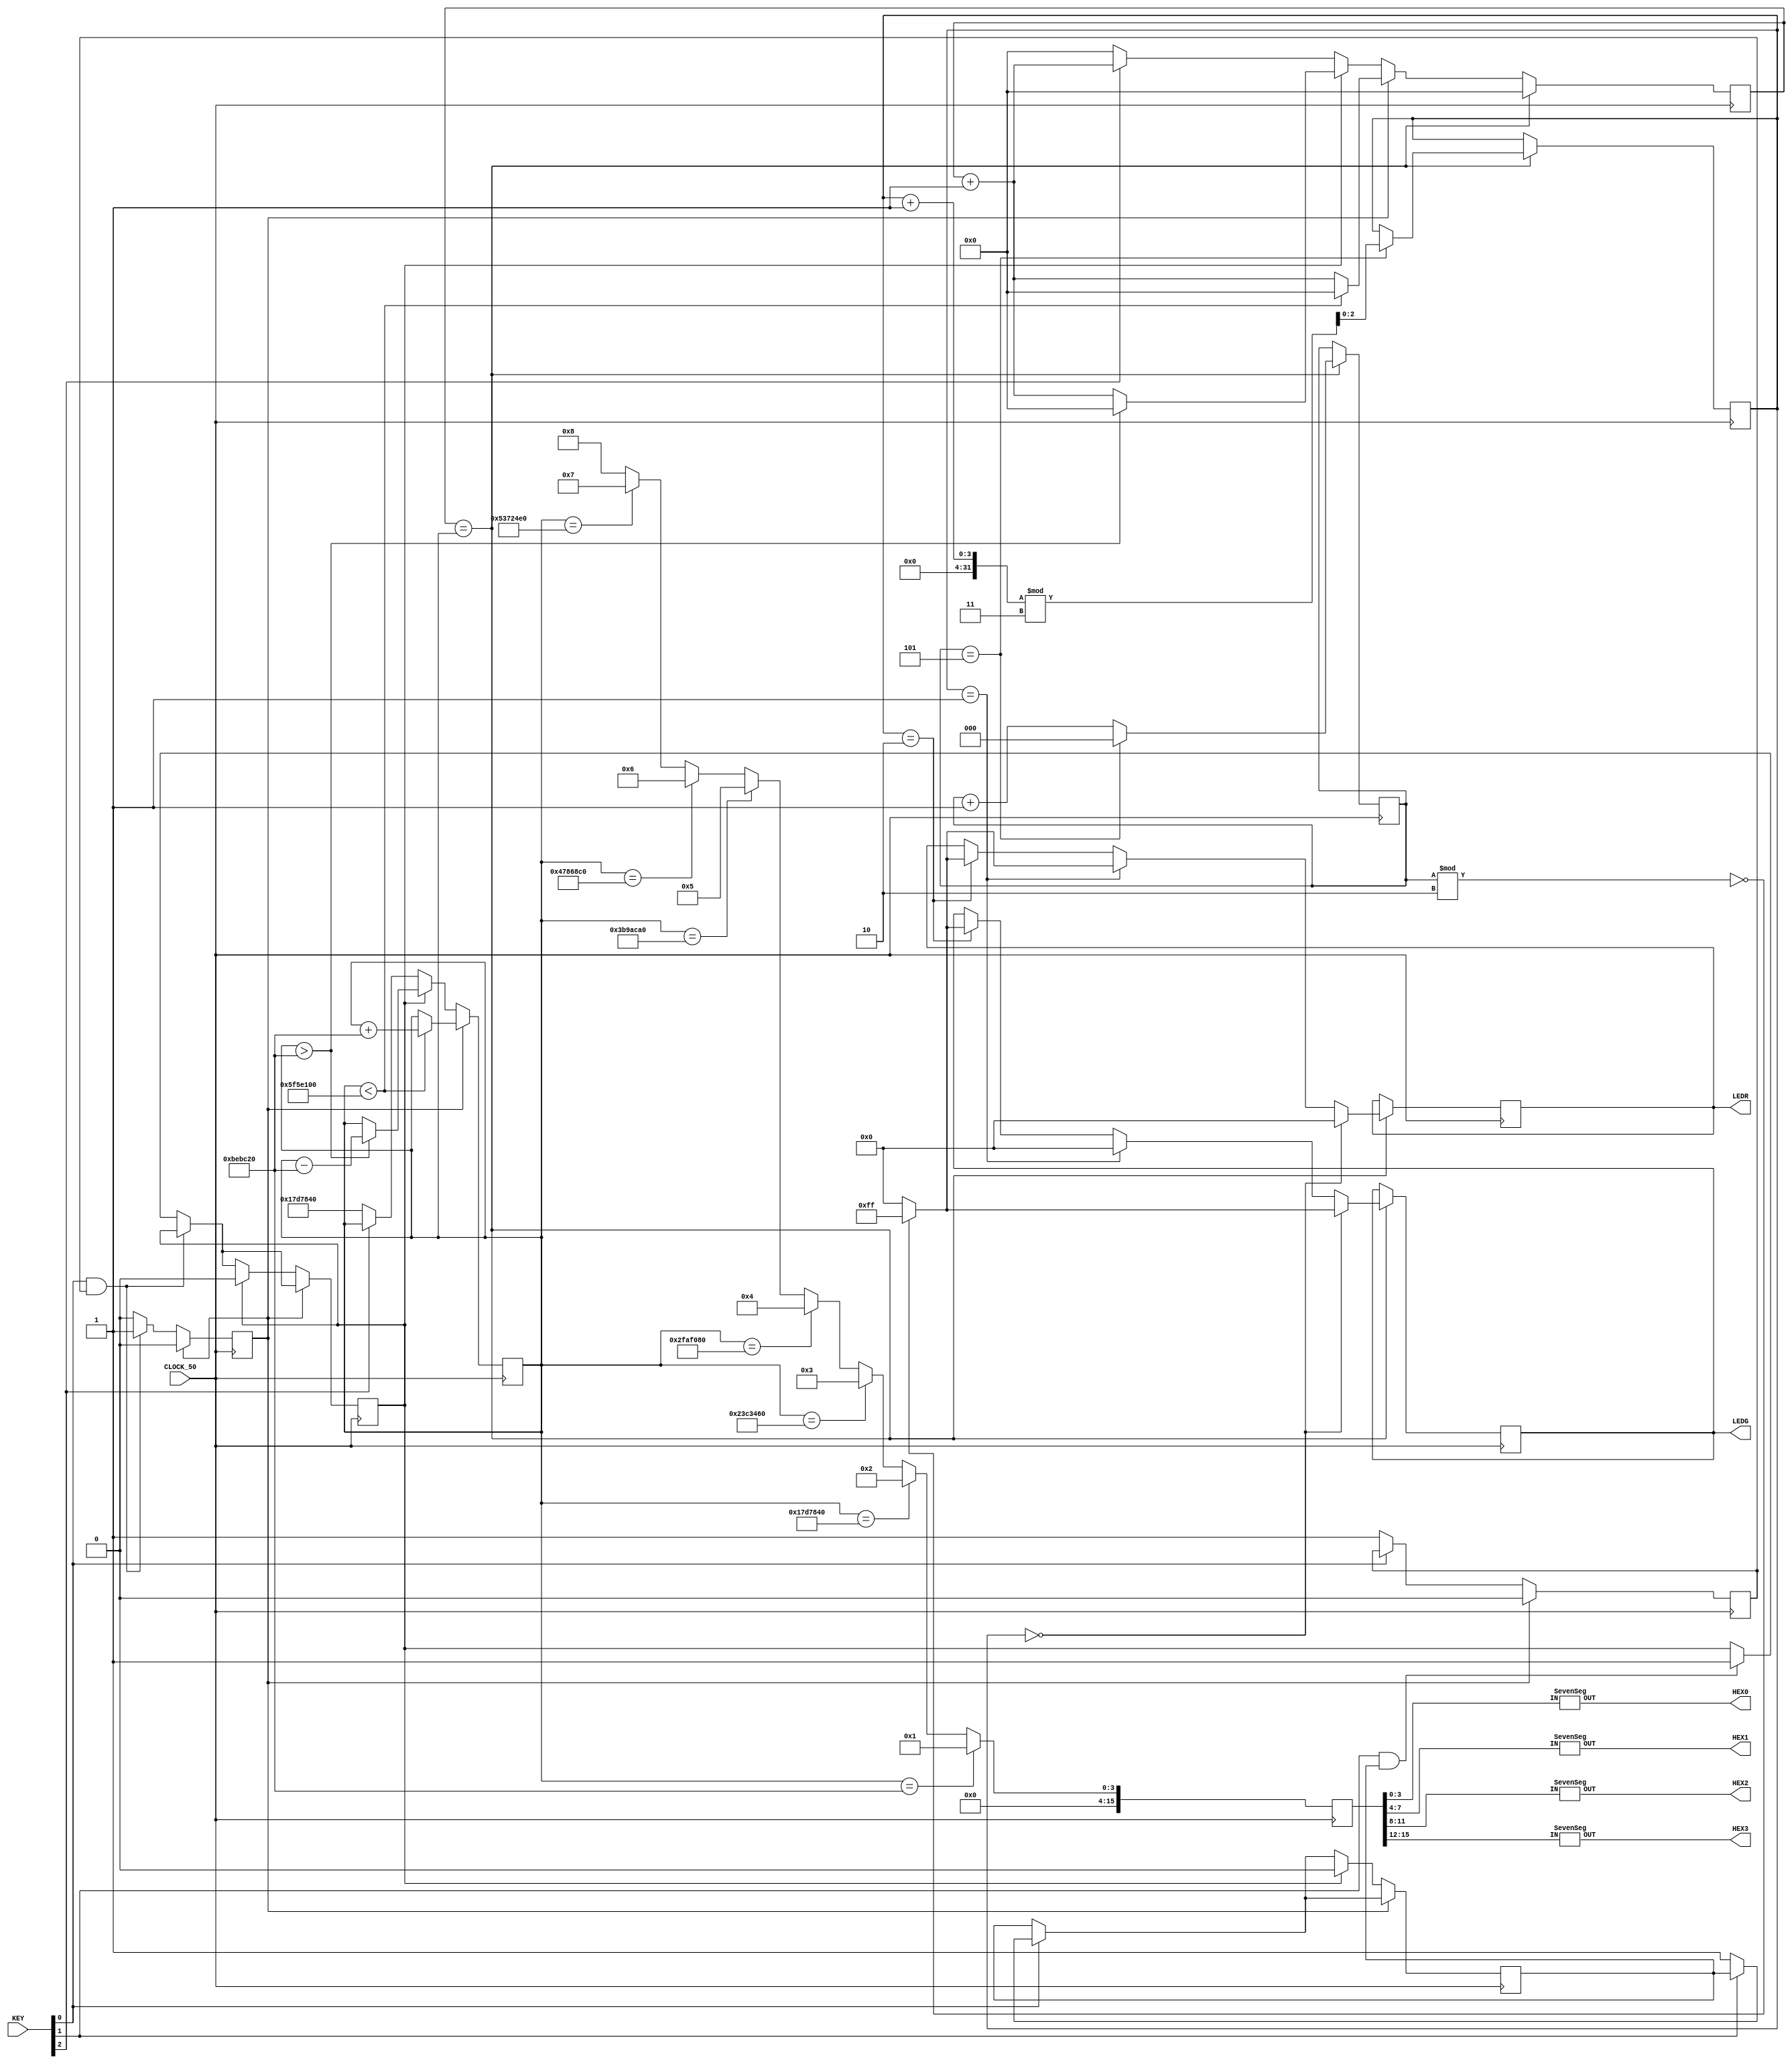
module Project2(CLOCK_50, LEDG, LEDR, KEY, HEX0, HEX1, HEX2, HEX3); 
	output [6:0] HEX0, HEX1, HEX2, HEX3;
	input CLOCK_50; 
	input [2:0] KEY;
	output [7:0] LEDG;
	output [7:0] LEDR;
	reg [7:0] green;
	reg [7:0] red;
	reg [31:0] clock_count; // Counts clock ticks
	reg [31:0] CLOCK_MAX; // Time between flashes
	reg [2:0] count; // Counts number of flashes
	reg [2:0] state; // State 0 = Green, State 1 = Red, State 2 = Both
	reg [0:0] k0_clicked; // Keeps track of when k0 is initially pressed
	reg [0:0] k0_unclicked; // Keeps track of when k0 is released
	reg [0:0] k1_clicked; // Keeps track of when k1 is initially pressed
	reg [0:0] k1_unclicked; // Keeps track of when k1 is released
	reg [15:0] hex_output; // Debugging hex output
	
	parameter QUARTER_SEC = 32'd12500000;
	parameter HALF_SEC = 32'd25000000;
	parameter TWO_SEC = 32'd100000000;
	
	initial begin 
		clock_count <= 0;
		CLOCK_MAX <= HALF_SEC;
		count <= 0;
		state <= 0; 
		k0_clicked <= 0;
		k0_unclicked <= 0;
		k1_clicked <= 0;
		k1_unclicked <= 0;
	end
	
	always @(posedge CLOCK_50) begin
		
		clock_count <= clock_count + 32'd1;
	
		/* We want to keep track of when a key has been pressed down */
		if (KEY[0] == 0) begin
			k0_clicked <= 1;
		end else if (KEY[1] == 0) begin
			k1_clicked <= 1;
		end
		
		/* If the key has been pressed down AND the key INPUT is
		 * no longer pressed down, then the button has been released */
		if (KEY[0] == 1 && k0_clicked == 1) begin
			k0_unclicked <= 1;
		end else if (KEY[1] == 1 && k1_clicked == 1) begin
			k1_unclicked <= 1;
		end
		
		/* Since we know that the button has been clicked and released,
		 * NOW we want to change the value of CLOCK_MAX -- this happens
		 * only once, since it's synched to the button being released */
		if (k0_unclicked == 1) begin
			if (CLOCK_MAX < TWO_SEC) begin
				CLOCK_MAX <= CLOCK_MAX + QUARTER_SEC; // slow down
				clock_count <= 0;
			end
			k0_clicked <= 0;
			k0_unclicked <= 0;
		end else if (k1_unclicked == 1) begin
			if (CLOCK_MAX > QUARTER_SEC) begin
				CLOCK_MAX <= CLOCK_MAX - QUARTER_SEC; // speed up
				clock_count <= 0;
			end
			k1_clicked <= 0;
			k1_unclicked <= 0;
		/* We don't need to keep track of keys being pressed and released
		 * for reset, since spamming reset does nothing to increment/decrement
		 * CLOCK_MAX like crazy */	
		end else if (KEY[2] == 0) begin
			CLOCK_MAX <= HALF_SEC; // reset
			clock_count <= 0;
		end
		
		if (clock_count == CLOCK_MAX) begin
			if (state == 0) begin
				red[7:0] <= 8'd0;
				if (count % 2 == 0) begin
					green[7:0] <= 8'd255;
				end else begin
					green[7:0] <= 8'd0;
				end
			end else if (state == 1) begin
				green[7:0] <= 8'd0;
				if (count % 2 == 0 ) begin
					red[7:0] <= 8'd255;
				end else begin
					red[7:0] <= 8'd0;
				end
			end else if (state == 2) begin
				if (count % 2 == 0) begin
					green[7:0] <= 8'd255;
					red[7:0] <= 8'd255;
				end else begin
					green[7:0] <= 8'd0;
					red[7:0] <= 8'd0;
				end
			end
			count <= count + 1;
			if (count == 5) begin
				state <= (state + 1) % 3;
				count <= 0;
			end	
			clock_count <= 32'd0;
		end
		
		hex_output <=
			(CLOCK_MAX == QUARTER_SEC) ? 1 :
			(CLOCK_MAX == HALF_SEC) ? 2 :
			(CLOCK_MAX == HALF_SEC + QUARTER_SEC) ? 3 :
			(CLOCK_MAX == HALF_SEC + HALF_SEC) ? 4 :
			(CLOCK_MAX == HALF_SEC + HALF_SEC + QUARTER_SEC) ? 5 :
			(CLOCK_MAX == HALF_SEC + HALF_SEC + HALF_SEC) ? 6 : 
			(CLOCK_MAX == HALF_SEC + HALF_SEC + HALF_SEC + QUARTER_SEC) ? 7 :
			/*(CLOCK_MAX == TWO_SEC)*/ 8;
			
	end
	
	SevenSeg sseg0(.IN(hex_output[ 3: 0]),.OUT(HEX0));
	SevenSeg sseg1(.IN(hex_output[ 7: 4]),.OUT(HEX1));
	SevenSeg sseg2(.IN(hex_output[11: 8]),.OUT(HEX2));
	SevenSeg sseg3(.IN(hex_output[15:12]),.OUT(HEX3));
	
	assign LEDG = green;
	assign LEDR = red;
endmodule

module SevenSeg(OUT, IN);
input  [3:0] IN;
output [6:0] OUT;
assign OUT =
  (IN == 4'h0) ? 7'b1000000 :
  (IN == 4'h1) ? 7'b1111001 :
  (IN == 4'h2) ? 7'b0100100 :
  (IN == 4'h3) ? 7'b0110000 :
  (IN == 4'h4) ? 7'b0011001 :
  (IN == 4'h5) ? 7'b0010010 :
  (IN == 4'h6) ? 7'b0000010 :
  (IN == 4'h7) ? 7'b1111000 :
  (IN == 4'h8) ? 7'b0000000 :
  (IN == 4'h9) ? 7'b0010000 :
  (IN == 4'hA) ? 7'b0001000 :
  (IN == 4'hb) ? 7'b0000011 :
  (IN == 4'hc) ? 7'b1000110 :
  (IN == 4'hd) ? 7'b0100001 :
  (IN == 4'he) ? 7'b0000110 :
  /*IN == 4'hf*/ 7'b0001110 ;
endmodule